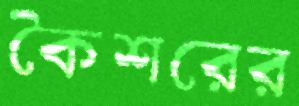
কৈশরের